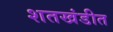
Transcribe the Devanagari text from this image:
शतखंडीत